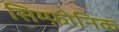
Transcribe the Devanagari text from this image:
सिम्फ़ोनिक